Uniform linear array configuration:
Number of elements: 12
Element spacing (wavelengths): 1
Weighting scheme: hann
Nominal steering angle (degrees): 60
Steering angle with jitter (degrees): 61.428
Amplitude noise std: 0.05
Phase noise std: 0.05

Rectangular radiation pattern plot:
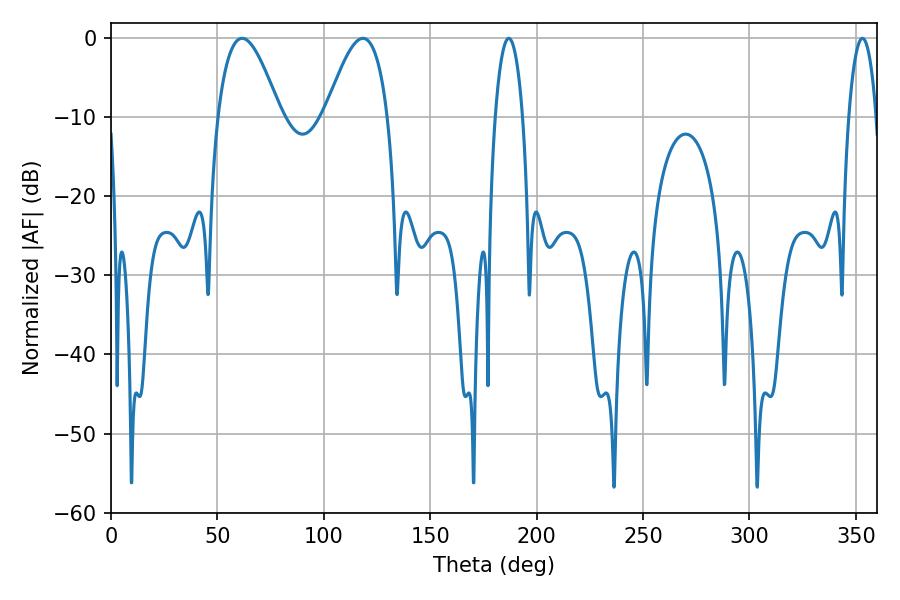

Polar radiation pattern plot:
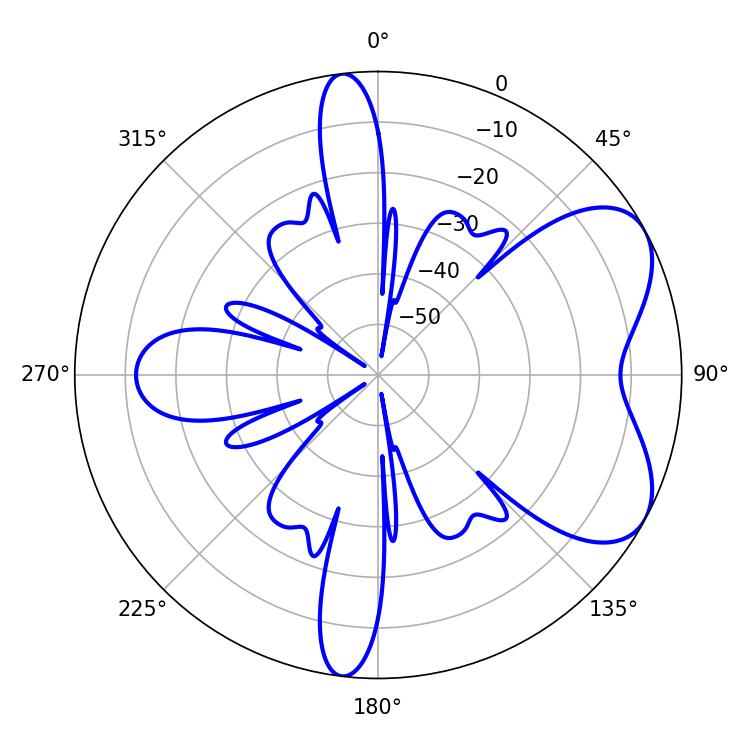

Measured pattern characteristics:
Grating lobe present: TRUE
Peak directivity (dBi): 6.0
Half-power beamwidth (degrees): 15.84
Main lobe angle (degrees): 61.56